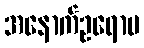
အနောက်ဥရောပ